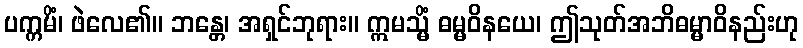
ပက္ကမိံ၊ ဖဲလေ၏။ ဘန္တေ၊ အရှင်ဘုရား။ ဣမသ္မိံ ဓမ္မဝိနယေ၊ ဤသုတ်အဘိဓမ္မာဝိနည်းဟု